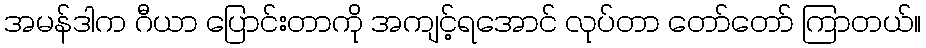
အမန်ဒါက ဂီယာ ပြောင်းတာကို အကျင့်ရအောင် လုပ်တာ တော်တော် ကြာတယ်။